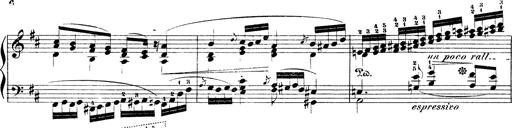
Title: Illustrations de l'opÃ©ra L'Africaine
Composer: Franz Liszt